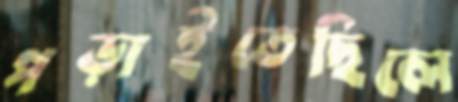
পড়াইতেছিলে